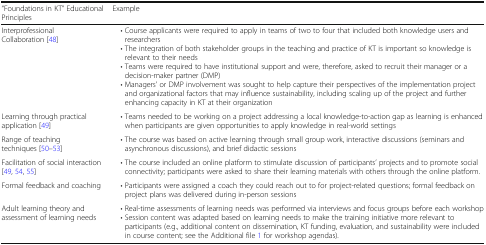
<table><thead><tr><td><b>“Foundations in KT” Educational Principles</b></td><td><b>Example</b></td></tr></thead><tbody><tr><td>InterprofessionalCollaboration [48]</td><td> • Course applicants were required to apply in teams of two to four that included both knowledge users and researchers • The integration of both stakeholder groups in the teaching and practice of KT is important so knowledge is relevant to their needs • Teams were required to have institutional support and were, therefore, asked to recruit their manager or a decision-maker partner (DMP) • Managers’ or DMP involvement was sought to help capture their perspectives of the implementation project and organizational factors that may influence sustainability, including scaling up of the project and further enhancing capacity in KT at their organization</td></tr><tr><td>Learning through practical application [49]</td><td> • Teams needed to be working on a project addressing a local knowledge-to-action gap as learning is enhanced when participants are given opportunities to apply knowledge in real-world settings</td></tr><tr><td>Range of teaching techniques [50–53]</td><td> • The course was based on active learning through small group work, interactive discussions (seminars and asynchronous discussions), and brief didactic sessions</td></tr><tr><td>Facilitation of social interaction [49, 54, 55]</td><td> • The course included an online platform to stimulate discussion of participants’ projects and to promote social connectivity; participants were asked to share their learning materials with others through the online platform.</td></tr><tr><td>Formal feedback and coaching</td><td> • Participants were assigned a coach they could reach out to for project-related questions; formal feedback on project plans was delivered during in-person sessions</td></tr><tr><td>Adult learning theory and assessment of learning needs</td><td> • Real-time assessments of learning needs was performed via interviews and focus groups before each workshop • Session content was adapted based on learning needs to make the training initiative more relevant to participants (e.g., additional content on dissemination, KT funding, evaluation, and sustainability were included in course content; see the Additional file 1 for workshop agendas).</td></tr></tbody></table>